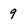
Character: 9